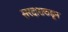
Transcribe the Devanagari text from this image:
सरदाराकडून